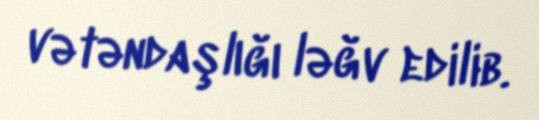
vətəndaşlığı ləğv edilib.